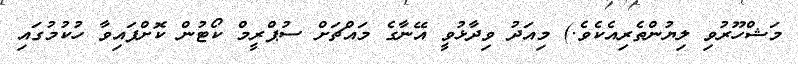
މަޝްހޫރުވި ލިޔުންތެރިއެކެވެ.) މިއަދު ވިދާޅުވީ އޭނާގެ މައްޗަށް ސުޕްރީމް ކޯޓުން ކޮށްފައިވާ ހުކުމުގައި